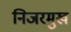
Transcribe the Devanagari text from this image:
निजरमुख